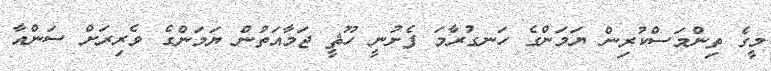
މީގެ ތިންމަސްކުރިން ޔަމަންގެ ހަނގުރާމަ ފެށުނީ ހޫޘީ ޖަމާއަތުން ޔަމަންގެ ވެރިރަށް ސަންއާ